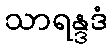
သာရန္ဒဒံ